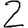
Digit: 2